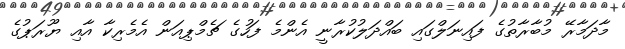
މާދަމާރޭ މުބާރާތުގެ ފައިނަލްގައި ބައްދަލުކުރާނީ އެންމެ ފަހުގެ ޗެމްޕިއަން އެމެރިކާ އާއި ޔޫރަޕުގެ